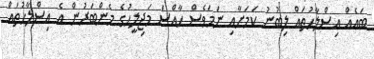
ބަައެއް އިސްލާހުތައް ލިބުނު ކަމަށާއި ނަމަވެސް ހާއްސަ މަޖިލީހުގެ މެންބަރުން އެ އިސްލާހުތައް